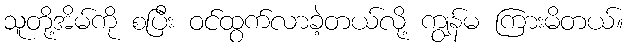
သူတို့အိမ်ကို စပြီး ဝင်ထွက်လာခဲ့တယ်လို့ ကျွန်မ ကြားမိတယ်။